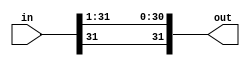
module sra_1(out, in);
	input[31:0] in;
	output[31:0] out;

	assign out[31] = in[31];
	assign out[30:0] = in[31:1];

endmodule